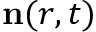
\mathbf { n } ( r , t )